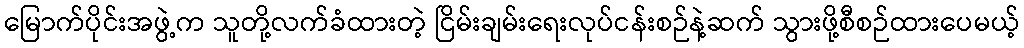
မြောက်ပိုင်းအဖွဲ့က သူတို့လက်ခံထားတဲ့ ငြိမ်းချမ်းရေးလုပ်ငန်းစဉ်နဲ့ဆက် သွားဖို့စီစဉ်ထားပေမယ့်